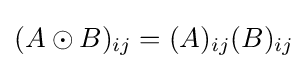
(A\odot B)_{ij}=(A)_{ij}(B)_{ij}